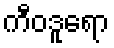
ကီဝဒူရော